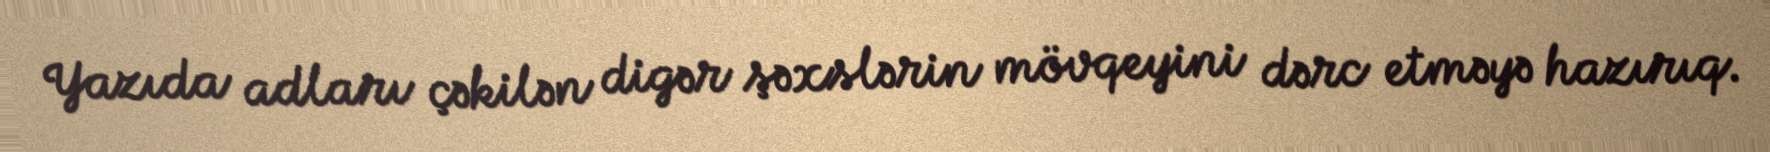
Yazıda adları çəkilən digər şəxslərin mövqeyini dərc etməyə hazırıq.